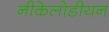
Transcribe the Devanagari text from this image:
नीकेलोडीयन